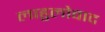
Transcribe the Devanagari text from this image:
लाहुलोवाद